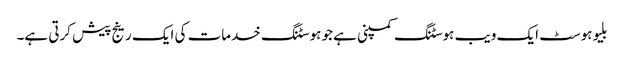
بلیوہوسٹ ایک ویب ہوسٹنگ کمپنی ہے جو ہوسٹنگ خدمات کی ایک رینج پیش کرتی ہے۔